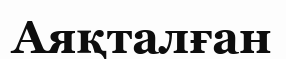
Аяқталған